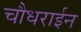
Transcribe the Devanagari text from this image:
चौधराईन